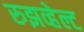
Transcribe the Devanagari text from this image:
रुझव्हेल्ट